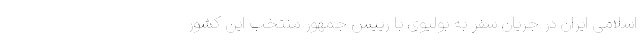
اسلامی ایران در جریان سفر به بولیوی با رییس جمهور منتخب این کشور